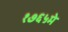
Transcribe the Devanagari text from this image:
१७६५मे